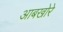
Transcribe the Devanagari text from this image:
आबखोरे